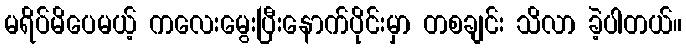
မရိပ်မိပေမယ့် ကလေးမွေးပြီးနောက်ပိုင်းမှာ တစချင်း သိလာ ခဲ့ပါတယ်။